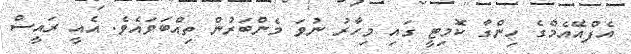
އެފްއޭއެމްގެ ހިންގާ ކޮމިޓީ ގައި މިހާރު ނުވަ މެންބަރުން ތިއްބަވައެވެ. އެއީ ރައީސް